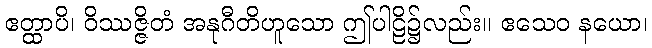
ဧတ္ထာပိ၊ ဝိဿဇ္ဇိတံ အနုဂီတိဟူသော ဤပါဠိ၌လည်း။ ဧသေဝ နယော၊